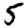
Digit: 5